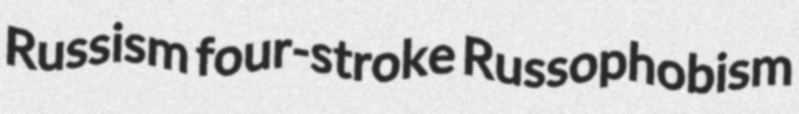
Russism four-stroke Russophobism